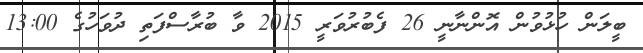
ބީލަން ހުޅުވުން އޮންނާނީ 26 ފެބުރުވަރީ 2015 ވާ ބުރާސްފަތި ދުވަހުގެ 13:00